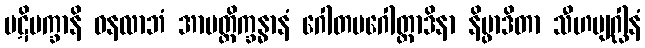
ပဋိပက္ခာနိ ဓနလာဘံ အာပတ္တိက္ခန္ဓာနံ ဂေါတမဂေါတ္တာဒိနာ နိပ္ဖာဒိတာ သီဟဗျဂ္ဃါနံ